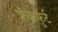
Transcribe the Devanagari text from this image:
फ्रँकफुर्ट